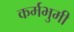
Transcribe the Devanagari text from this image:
कर्मभुमी